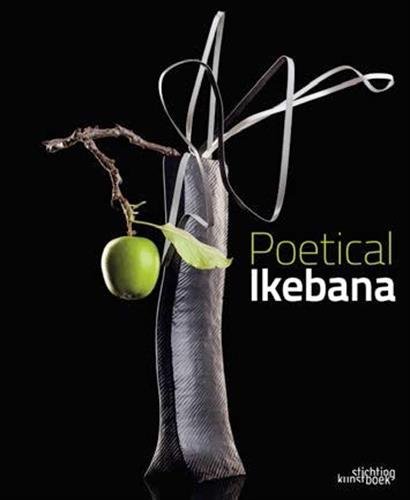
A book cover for Poetical Ikebana; Crafts, Hobbies & Home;